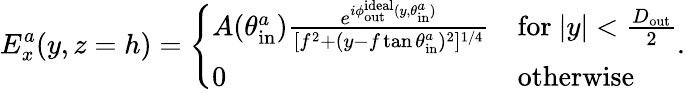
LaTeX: E_{x}^{a}(y,z=h)=\left\{ \begin{array}{ll}{A(\theta_{\mathrm{in}}^{a})\frac{e^{i\phi_{\mathrm{out}}^{\mathrm{ideal}}(y,\theta_{\mathrm{in}}^{a})}}{[f^{2}+(y-f\tan{\theta_{\mathrm{in}}^{a}})^{2}]^{{1}/{4}}}}&{\mathrm{for~}|y|<\frac{D_{\mathrm{out}}}{2}}\\ {0}&{\mathrm{otherwise}}\end{array}\right..